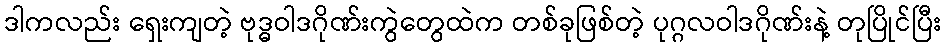
ဒါကလည်း ရှေးကျတဲ့ ဗုဒ္ဓဝါဒဂိုဏ်းကွဲတွေထဲက တစ်ခုဖြစ်တဲ့ ပုဂ္ဂလဝါဒဂိုဏ်းနဲ့ တုပြိုင်ပြီး